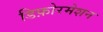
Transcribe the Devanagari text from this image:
डिफ़ोरमेशन